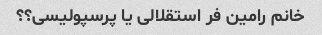
خانم رامین فر استقلالی یا پرسپولیسی؟؟